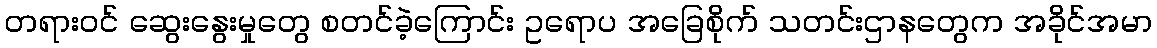
တရားဝင် ဆွေးနွေးမှုတွေ စတင်ခဲ့ကြောင်း ဥရောပ အခြေစိုက် သတင်းဌာနတွေက အခိုင်အမာ